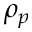
\rho _ { p }